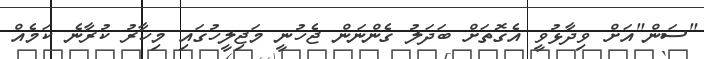
"ސަން"އަށް ވިދާޅުވީ އެގޮތަށް ބަދަލު ގެންނަން ޖެހުނީ މަޖިލީހުގައި މިހާރު ކުރާނެ ކަމެއް